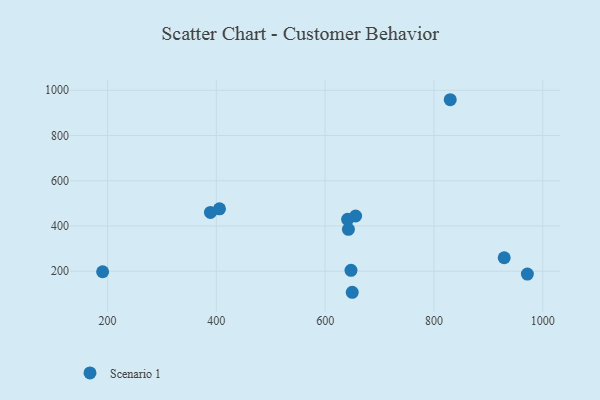
{"axis": {"x": "Engine Size", "y": "Salary"}, "legend": ["Scenario 1"], "data": [{"x": "389.2", "y": 459.7, "type": "Scenario 1"}, {"x": "642.8", "y": 385.1, "type": "Scenario 1"}, {"x": "647.5", "y": 203.8, "type": "Scenario 1"}, {"x": "191.0", "y": 197.5, "type": "Scenario 1"}, {"x": "829.9", "y": 958.2, "type": "Scenario 1"}, {"x": "641.3", "y": 429.4, "type": "Scenario 1"}, {"x": "971.7", "y": 187.3, "type": "Scenario 1"}, {"x": "405.8", "y": 475.7, "type": "Scenario 1"}, {"x": "649.8", "y": 106.7, "type": "Scenario 1"}, {"x": "929.1", "y": 259.4, "type": "Scenario 1"}, {"x": "656.0", "y": 443.9, "type": "Scenario 1"}]}